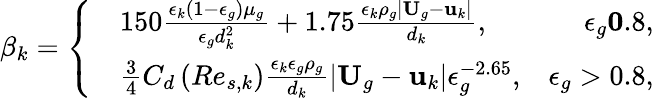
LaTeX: \beta_{k}=\left\{ \begin{array}{rlr}&{150\frac{\epsilon_{k}\left(1-\epsilon_{g}\right)\mu_{g}}{\epsilon_{g}d_{k}^{2}}+1.75\frac{\epsilon_{k}\rho_{g}|\textbf{U}_{g}-\textbf{u}_{k}|}{d_{k}},}&{\epsilon_{g}\le 0.8,}\\ &{\frac{3}{4}C_{d}\left(Re_{s,k}\right)\frac{\epsilon_{k}\epsilon_{g}\rho_{g}}{d_{k}}|\textbf{U}_{g}-\textbf{u}_{k}|\epsilon_{g}^{-2.65},}&{\epsilon_{g}>0.8,}\end{array}\right.